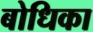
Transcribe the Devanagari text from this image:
बोधिका